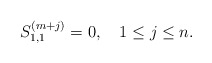
\begin{align*}S^{(m+j)}_{1,1} =0, \quad 1\le j\le n.\end{align*}